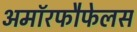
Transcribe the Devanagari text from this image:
अमॉरफौफेलस